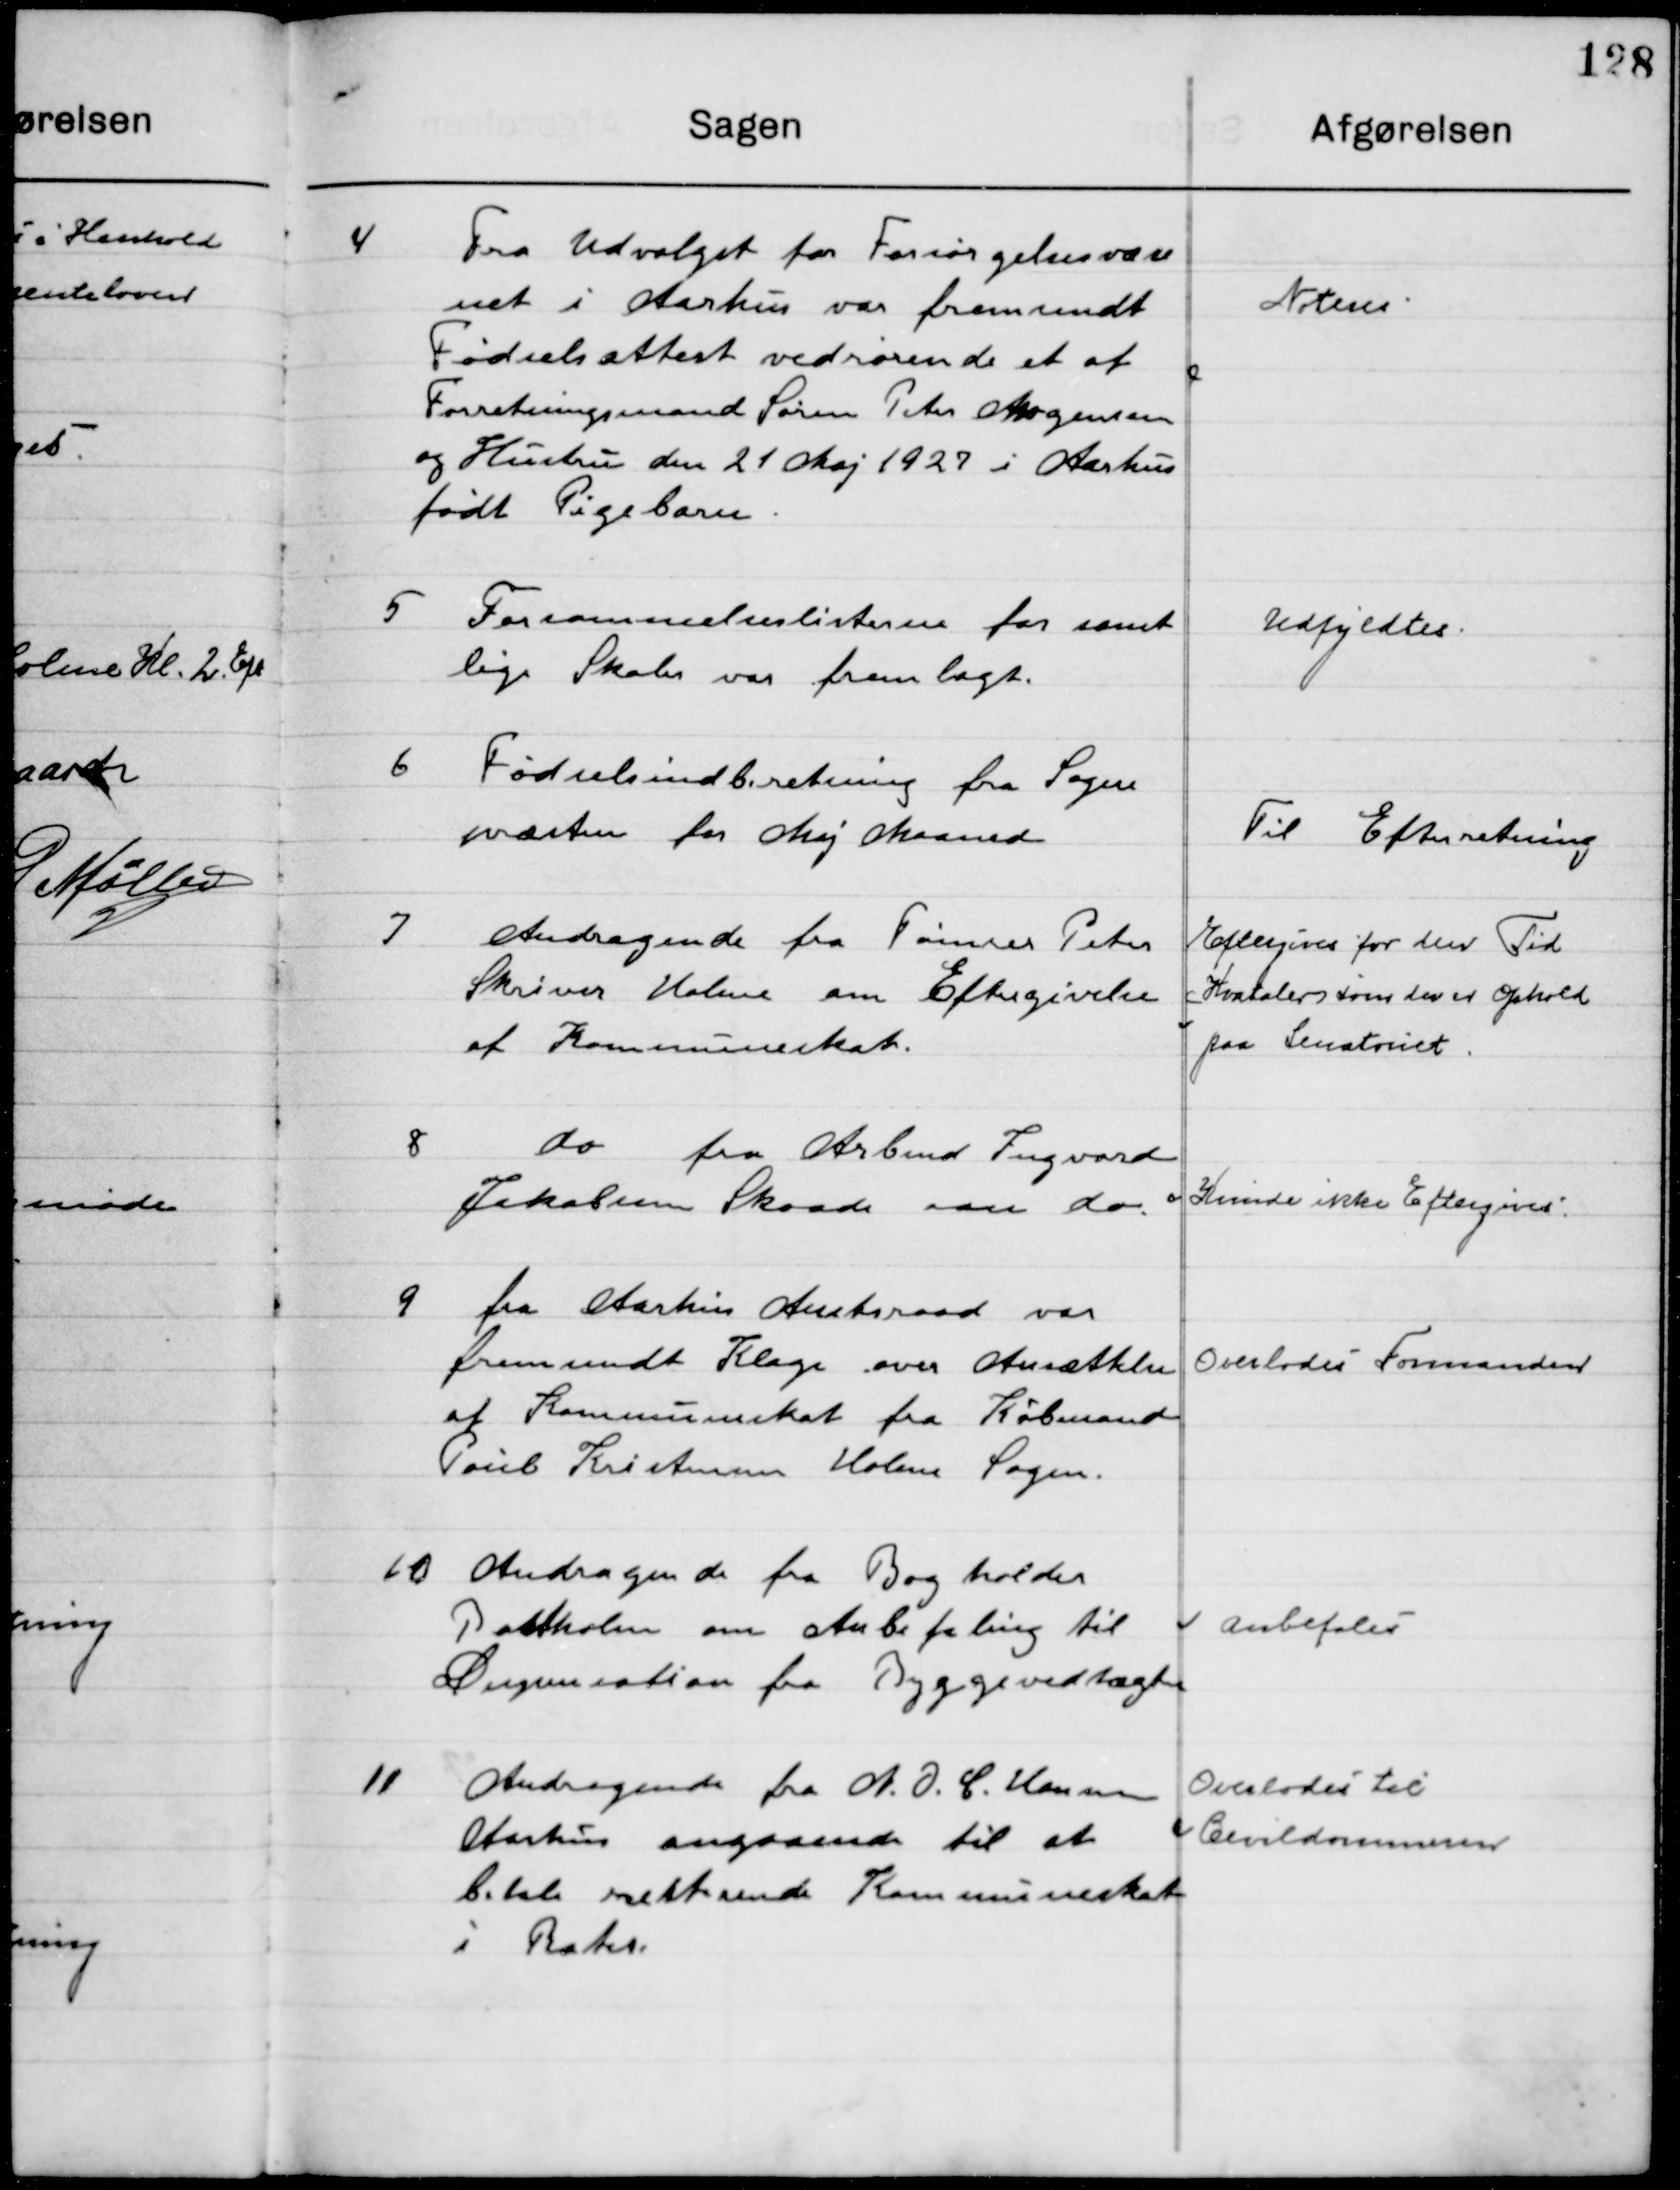
Transskription:
4

Fra Udvalget for forsørgelsesvæse-
net Aarhus var fremsendt 
Fødselsattest vedrørende et af
Forretningsmand Søren Peter Mogensen
og Hustru den 21 Maj 1927 i Aarhus
født Pigebarn.

Noteres

5

Forsømmelseslisten for samt-
lige Skoler var fremlagt.

Udfyldtes

6

Fødselsindberetning fra Sogne-
væsenet  for Maj Maaned.

Til Efterretning

7

Andragende fra Tømrer Peter 
Skiver Holme om Eftergivelse 
af Kommuneskat.

Eftergives for den Tid
Kvartaler som der er Ophold
paa Sanatoriet

8

do fra Arbmd. Ingvar
Jakobsen Skaade om do

Kunde ikke Eftergives

9

Fra Aarhus Amtsraad var
Fremsendt Klage over ansættelsen
af Kommuneskat fra Købmand
Poul Kristensen Holme Sogn.

Overlodes Formanden

10

Andragende fra Bogholder
Postholm om Anbefaling til
Dispensation fra Byggevedtægten

Anbefales

11

Andragende fra N. J. C. Hansen 
Aarhus angaaende til at
betale resterende Kommuneskat
i Rater.

Overlodes til 
Civildommeren